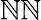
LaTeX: \mathbb{N}\mathbb{N}